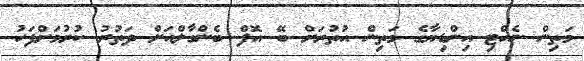
މަތިން ނެއްޓި އިންޑިޔާގެ މަތިން އުތުރަށް ބޭ އޮފް ބެންގާލްއަށް ދަތުރު ކުރުމަށްފަހު